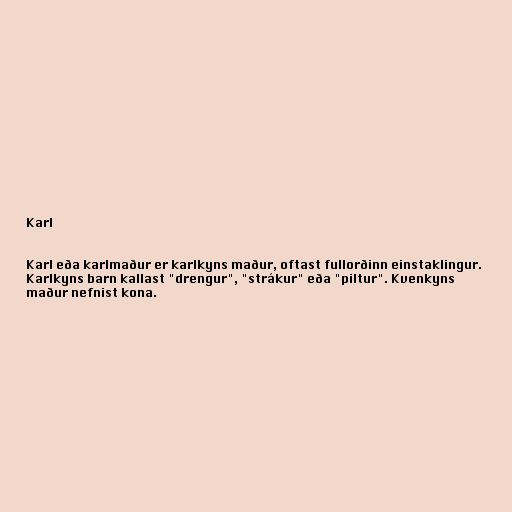
Karl

Karl eða karlmaður er karlkyns maður, oftast fullorðinn einstaklingur.
Karlkyns barn kallast "drengur", "strákur" eða "piltur". Kvenkyns
maður nefnist kona.